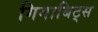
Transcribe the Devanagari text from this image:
गिगाबिट्स